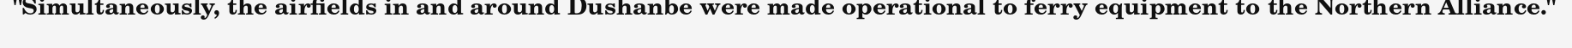
"Simultaneously, the airfields in and around Dushanbe were made operational to ferry equipment to the Northern Alliance."